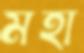
মহা